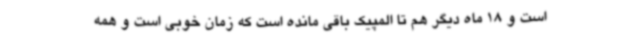
است و 18 ماه دیگر هم تا المپیک باقی مانده است که زمان خوبی است و همه